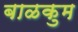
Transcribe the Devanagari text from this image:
बाळकुम